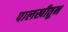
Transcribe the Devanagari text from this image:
पालखीतुन